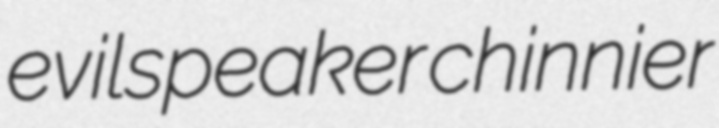
evilspeaker chinnier